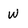
Character: w